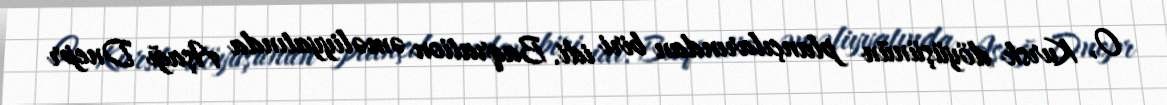
O, Kursk döyüşünün plançılarından biri idi. Baqration əməliyyatında Aşağı Dnepr